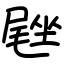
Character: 𪨙